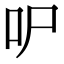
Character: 㕧